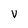
Character: V